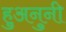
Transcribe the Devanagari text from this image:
हुअनुनी